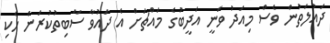
ދައުލަތުން ވެސް މިއަދު ވަނީ އަދީބުގެ މައްޗަށް އެ ދައުވާ ސާބިތުކުރަން ހެކި